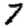
Digit: 7